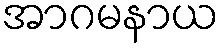
အာဂမနာယ